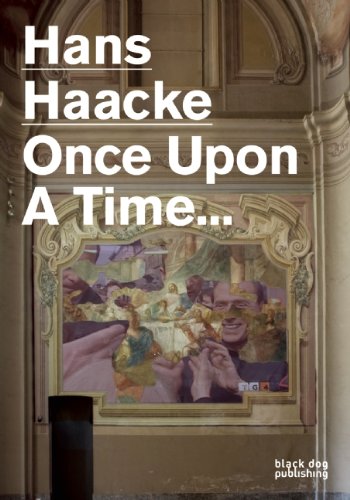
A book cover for Hans Haacke: Once Upon a Time...; Hans Haacke; Arts & Photography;